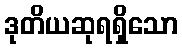
ဒုတိယဆုရရှိသော